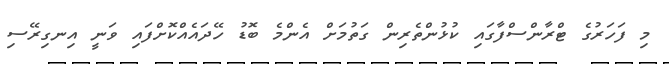
މި ފަހަރުގެ ޓްރާންސްފާގައި ކުޅުންތެރިން ގަތުމަށް އެންމެ ބޮޑު ހޭދައެއްކޮށްފައި ވަނީ އިނގިރޭސި